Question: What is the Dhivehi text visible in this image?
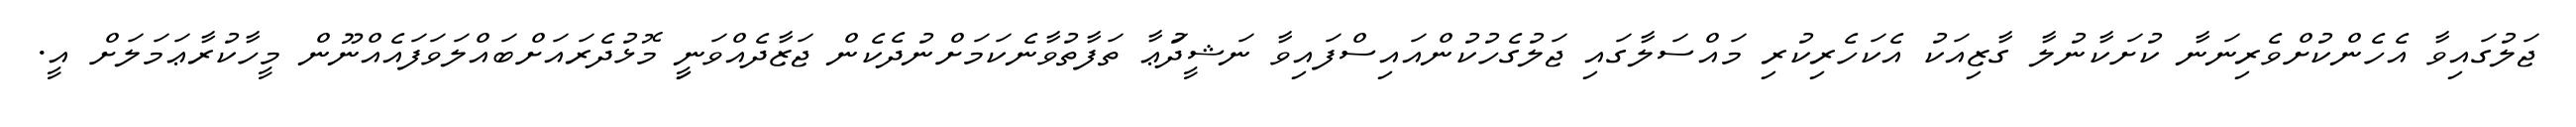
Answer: ޖަލުގައިވާ އެހެންކުށްވެރިނަނާ ކުށަކާނުލާ ގާޒިއަކު އެކަހެރިކުރި މައްސަލާގައި ޖަލުގެހުކުންއައިސްފައިވާ ނަޝީދުަޢާ ތަފާތުވާނެކަމަށްނުދެކެން ޖަޒާދެއްވަނިީ މޮޅުދެރައަށްބައްލަވަފައެއްނޫން މީހާކުރާޢަމަލަށް އީ.